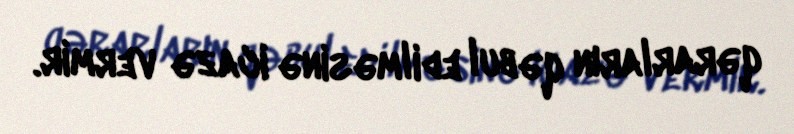
qərarların qəbul edilməsinə icazə vermir.